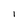
Character: I